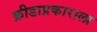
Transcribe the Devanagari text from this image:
क्रीडाप्रकाराला